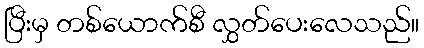
ပြီးမှ တစ်ယောက်စီ လွှတ်ပေးလေသည်။